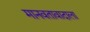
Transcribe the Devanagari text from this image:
मानवतावादाला